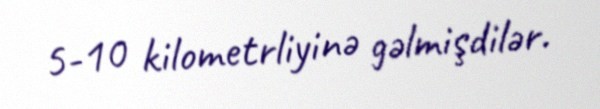
5-10 kilometrliyinə gəlmişdilər.